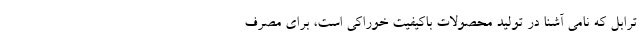
ترابل که نامی آشنا در تولید محصولات باکیفیت خوراکی است، برای مصرف